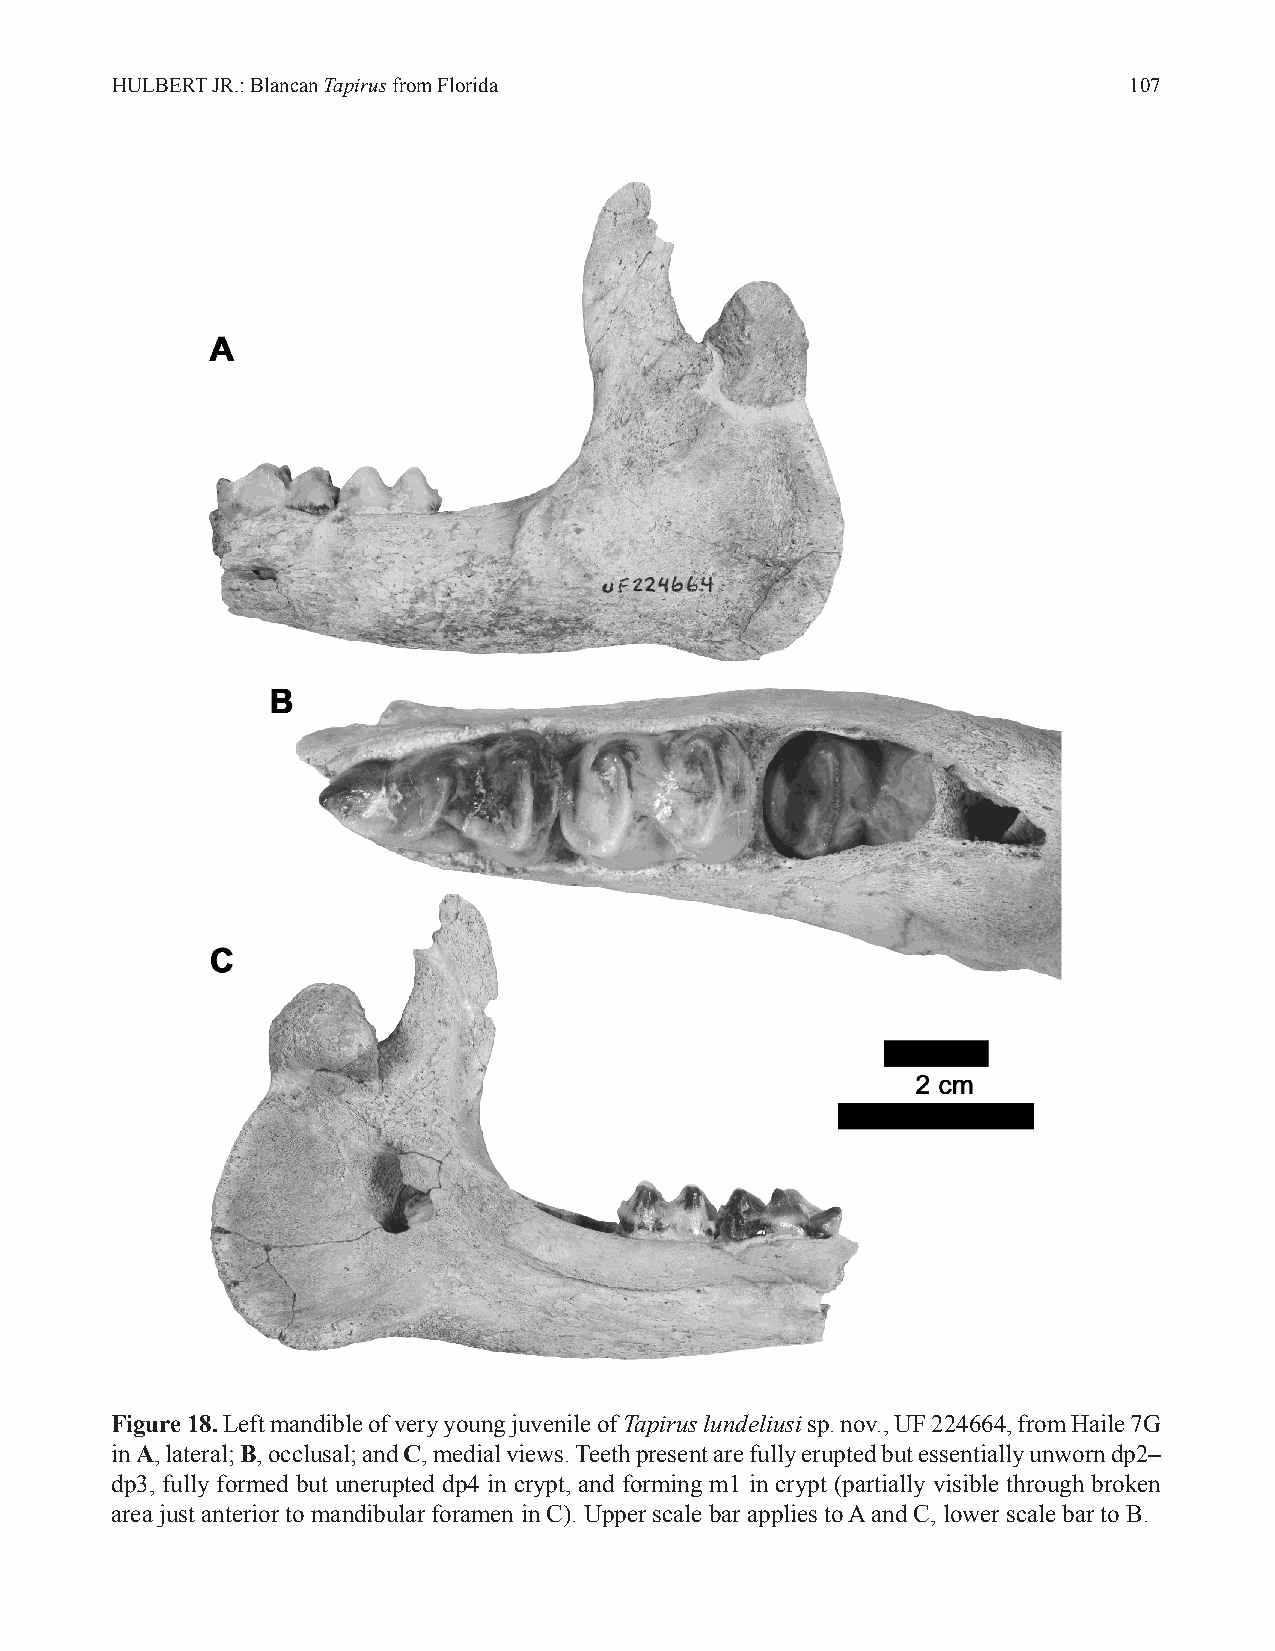
HULBERT JR.: Blancan Tapirus from Florida                           107
 Figure 18. Left mandible of very young juvenile of Tapirus lundeliusi sp. nov., UF 224664, from Haile 7G
 in A, lateral; B, occlusal; and C, medial views. Teeth present are fully erupted but essentially unworn dp2–
 dp3, fully formed but unerupted dp4 in crypt, and forming m1 in crypt (partially visible through broken
 area just anterior to mandibular foramen in C). Upper scale bar applies to A and C, lower scale bar to B.